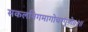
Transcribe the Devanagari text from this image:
सकलनिगमागोचरगुणे॥२॥